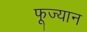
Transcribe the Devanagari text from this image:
फूज्यान